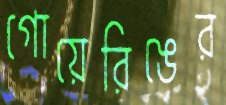
গোয়েরিঙের